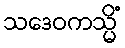
သဒေဝကသ္မိံ